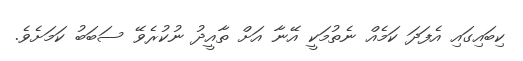
ކިބައިގައި އެފަދަ ކަމެއް ނެތުމަކީ އޭނާ އަށް ތާއީދު ނުކުރެވޭ ސަބަބު ކަމަށެވެ.